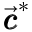
\vec { \pmb { c } } ^ { * }